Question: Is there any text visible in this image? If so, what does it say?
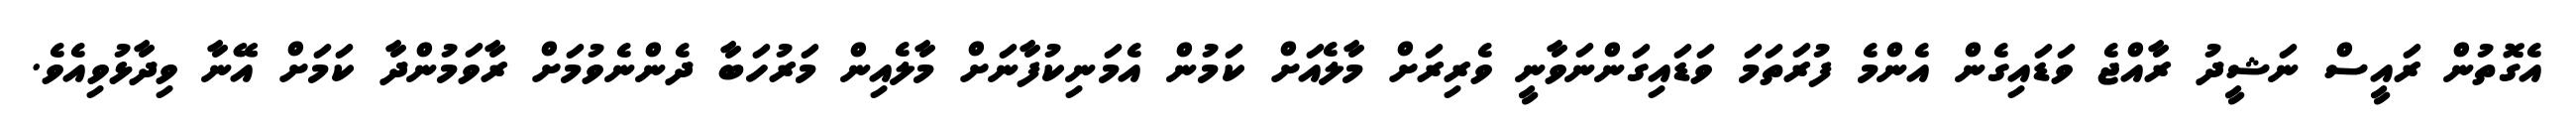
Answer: އެގޮތުން ރައީސް ނަޝީދު ރާއްޖެ ވަޑައިގެން އެންމެ ފުރަތަމަ ވަޑައިގަންނަވާނީ ވެރިރަށް މާލެއަށް ކަމުން އެމަނިކުފާނަށް މާލެއިން މަރުހަބާ ދެންނެވުމަށް ރާވަމުންދާ ކަމަށް އޭނާ ވިދާޅުވިއެވެ.